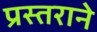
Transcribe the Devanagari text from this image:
प्रस्तराने